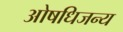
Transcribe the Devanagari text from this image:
ओषधिजन्य